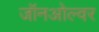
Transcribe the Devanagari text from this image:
जॉनओल्वर